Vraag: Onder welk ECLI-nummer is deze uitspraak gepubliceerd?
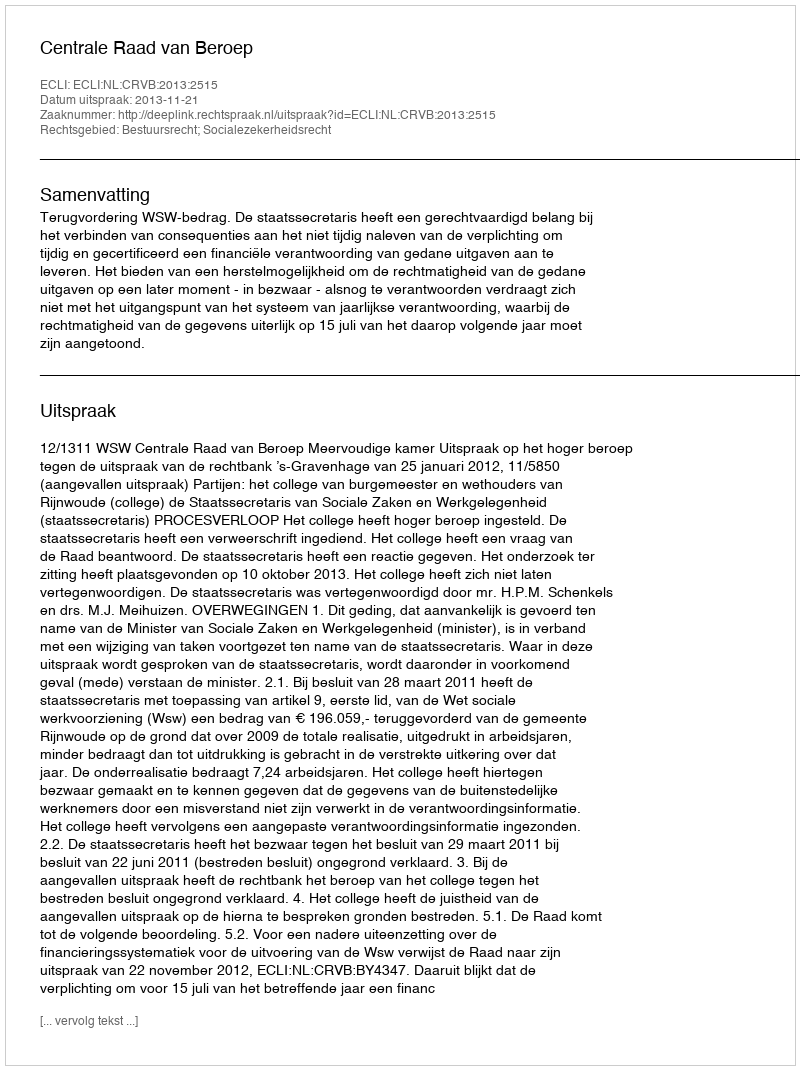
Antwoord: ECLI:NL:CRVB:2013:2515